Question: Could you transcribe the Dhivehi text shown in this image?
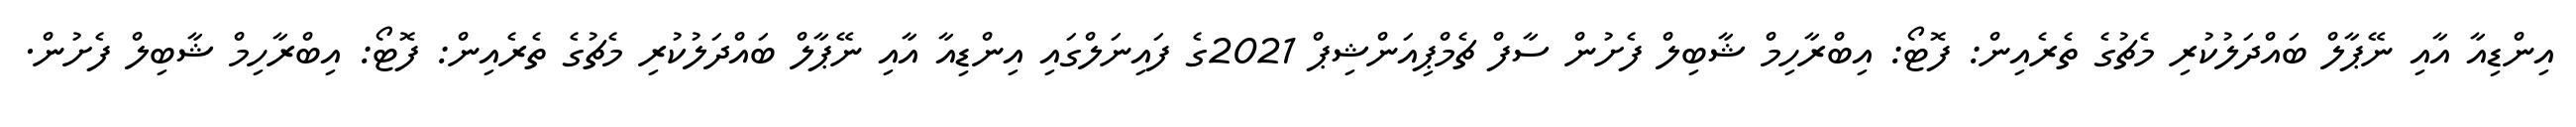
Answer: އިންޑިއާ އާއި ނޭޕާލް ބައްދަލުކުރި މެޗުގެ ތެރެއިން: ފޮޓޯ: އިބްރާހިމް ޝާބިލް ފެށުން ސާފް ޗެމްޕިއަންޝިޕް 2021ގެ ފައިނަލްގައި އިންޑިއާ އާއި ނޭޕާލް ބައްދަލުކުރި މެޗުގެ ތެރެއިން: ފޮޓޯ: އިބްރާހިމް ޝާބިލް ފެށުން.